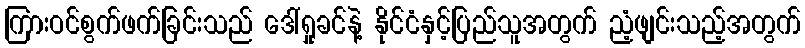
ကြားဝင်စွက်ဖက်ခြင်းသည် ဒေါ်ရှုခင်နဲ့ နိုင်ငံနှင့်ပြည်သူအတွက် ညံ့ဖျင်းသည့်အတွက်